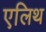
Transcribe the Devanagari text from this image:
एलिथ